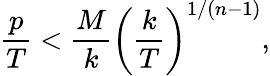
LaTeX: {\frac{p}{T}}<{\frac{M}{k}}\left({\frac{k}{T}}\right)^{1/(n-1)},